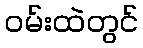
ဝမ်းထဲတွင်